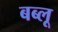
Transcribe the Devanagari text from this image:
बब्लू